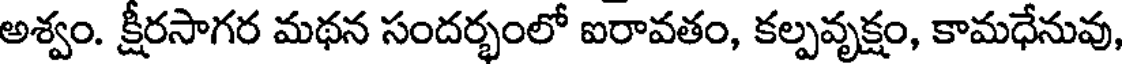
అశ్వం. క్షీరసాగర మథన సందర్భంలో ఐరావతం, కల్పవృక్షం, కామధేనువు,